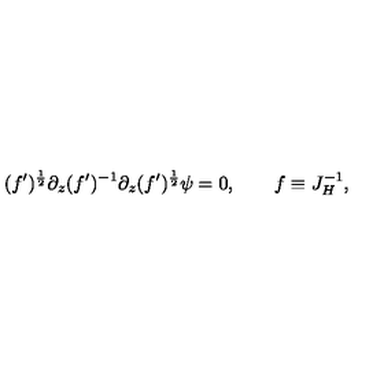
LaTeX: ( f ^ { \prime } ) ^ { \frac { 1 } { 2 } } \partial _ { z } ( f ^ { \prime } ) ^ { - 1 } \partial _ { z } ( f ^ { \prime } ) ^ { \frac { 1 } { 2 } } \psi = 0 , \qquad f \equiv J _ { H } ^ { - 1 } ,